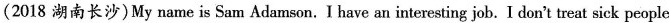
(2018 湖南长沙)My name is Sam Adamson.I have an interesting job. I don't treat sick people